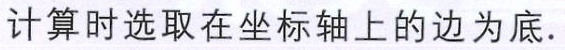
计算时选取在坐标轴上的边为底.